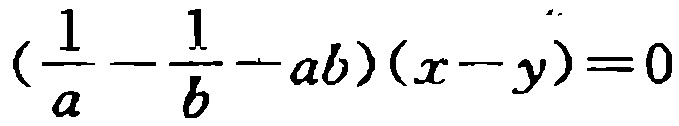
\((\frac{1}{a}-\frac{1}{b}-ab)(x - y)=0\)